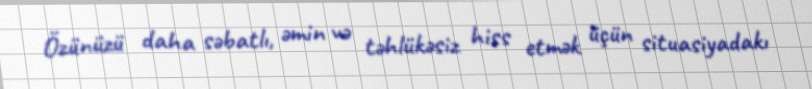
Özünüzü daha səbatlı, əmin və təhlükəsiz hiss etmək üçün situasiyadakı